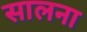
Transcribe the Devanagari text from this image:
सालना